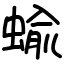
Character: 蝓